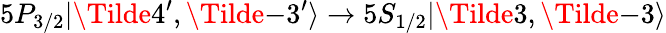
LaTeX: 5P_{3/2}|\Tilde{4}^{\prime},\Tilde{-3}^{\prime}\rangle\rightarrow 5S_{1/2}|\Tilde{3},\Tilde{-3}\rangle